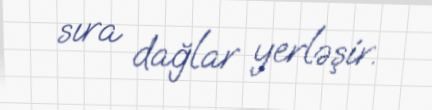
sıra dağlar yerləşir.